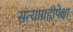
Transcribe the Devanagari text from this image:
सत्याग्रहीपेक्षा